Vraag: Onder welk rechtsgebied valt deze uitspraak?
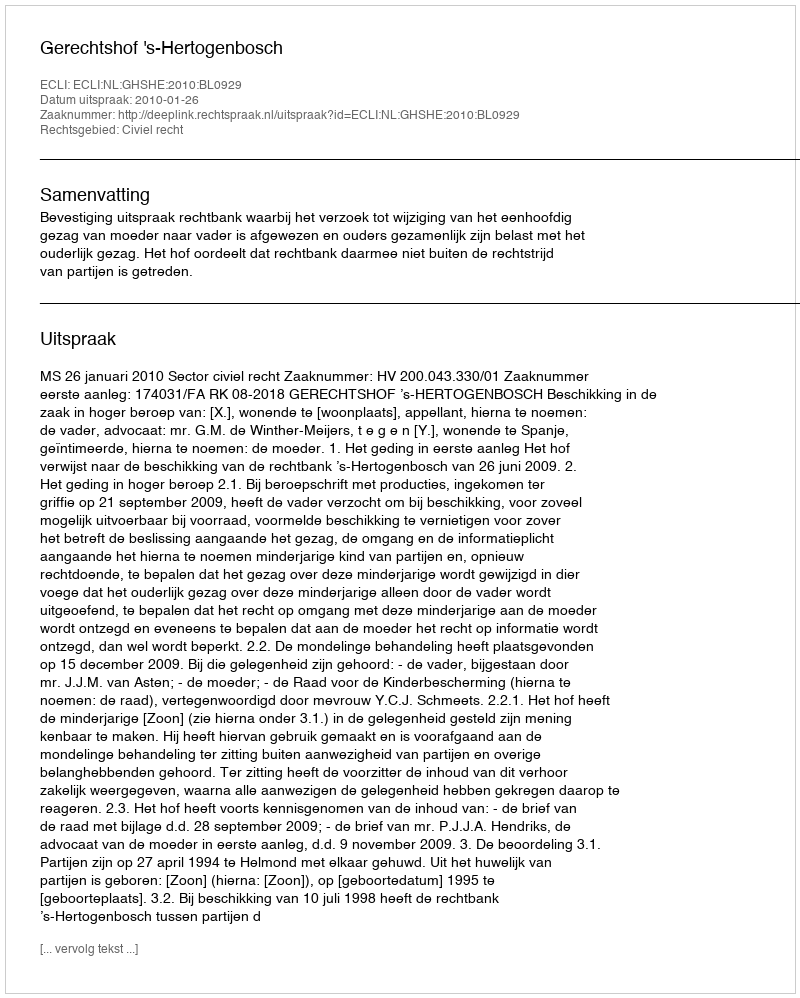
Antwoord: Civiel recht